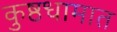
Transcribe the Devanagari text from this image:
कुष्ठधामात